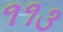
૧૧૩